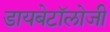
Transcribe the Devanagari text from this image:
डायबेटॉलोजी